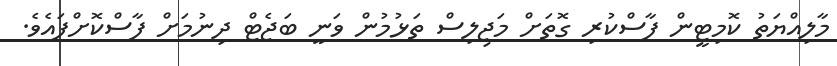
މާލިއްޔަތު ކޮމިޓީން ފާސްކުރި ގޮތަށް މަޖިލިސް ތަޅުމުން ވަނީ ބަޖެޓް ދިނުމަށް ފާސްކޮށްފައެވެ.